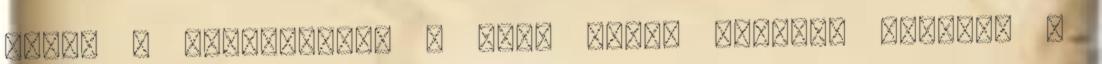
ebben a formájában. A heti cewén ugyanis Kmonali a